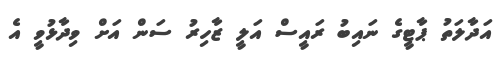
އަދާލަތު ޕާޓީގެ ނައިބު ރައީސް އަލީ ޒާހިރު ސަން އަށް ވިދާޅުވީ އެ